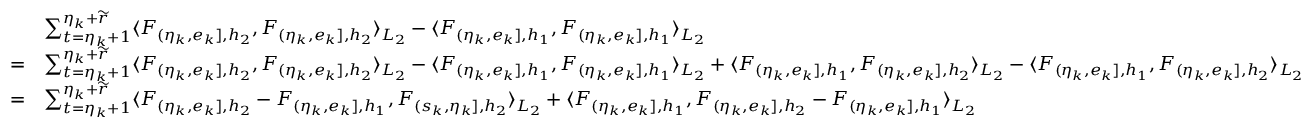
\begin{array} { r l } & { \sum _ { t = \eta _ { k } + 1 } ^ { \eta _ { k } + \widetilde { r } } \langle F _ { ( \eta _ { k } , e _ { k } ] , { h _ { 2 } } } , F _ { ( \eta _ { k } , e _ { k } ] , { h _ { 2 } } } \rangle _ { L _ { 2 } } - \langle F _ { ( \eta _ { k } , e _ { k } ] , { h _ { 1 } } } , F _ { ( \eta _ { k } , e _ { k } ] , { h _ { 1 } } } \rangle _ { L _ { 2 } } } \\ { = } & { \sum _ { t = \eta _ { k } + 1 } ^ { \eta _ { k } + \widetilde { r } } \langle F _ { ( \eta _ { k } , e _ { k } ] , { h _ { 2 } } } , F _ { ( \eta _ { k } , e _ { k } ] , { h _ { 2 } } } \rangle _ { L _ { 2 } } - \langle F _ { ( \eta _ { k } , e _ { k } ] , { h _ { 1 } } } , F _ { ( \eta _ { k } , e _ { k } ] , { h _ { 1 } } } \rangle _ { L _ { 2 } } + \langle F _ { ( \eta _ { k } , e _ { k } ] , { h _ { 1 } } } , F _ { ( \eta _ { k } , e _ { k } ] , { h _ { 2 } } } \rangle _ { L _ { 2 } } - \langle F _ { ( \eta _ { k } , e _ { k } ] , { h _ { 1 } } } , F _ { ( \eta _ { k } , e _ { k } ] , { h _ { 2 } } } \rangle _ { L _ { 2 } } } \\ { = } & { \sum _ { t = \eta _ { k } + 1 } ^ { \eta _ { k } + \widetilde { r } } \langle F _ { ( \eta _ { k } , e _ { k } ] , { h _ { 2 } } } - F _ { ( \eta _ { k } , e _ { k } ] , { h _ { 1 } } } , F _ { ( s _ { k } , \eta _ { k } ] , { h _ { 2 } } } \rangle _ { L _ { 2 } } + \langle F _ { ( \eta _ { k } , e _ { k } ] , { h _ { 1 } } } , F _ { ( \eta _ { k } , e _ { k } ] , { h _ { 2 } } } - F _ { ( \eta _ { k } , e _ { k } ] , { h _ { 1 } } } \rangle _ { L _ { 2 } } } \end{array}